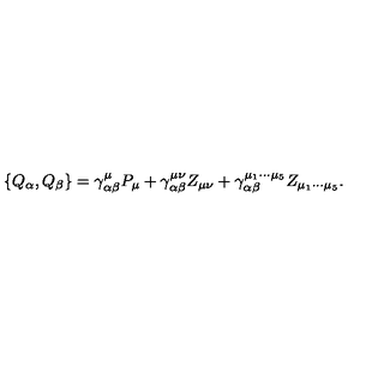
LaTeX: \left\{ Q _ { \alpha } , Q _ { \beta } \right\} = \gamma _ { \alpha \beta } ^ { \mu } P _ { \mu } + \gamma _ { \alpha \beta } ^ { \mu \nu } Z _ { \mu \nu } + \gamma _ { \alpha \beta } ^ { \mu _ { 1 } \cdots \mu _ { 5 } } Z _ { \mu _ { 1 } \cdots \mu _ { 5 } } .